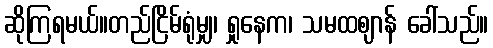
ဆိုကြရမယ်။တည်ငြိမ်ရုံမျှ၊ ရှုနေက၊ သမထဈာန် ခေါ်သည်။